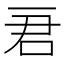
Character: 𠰶